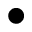
\bullet